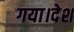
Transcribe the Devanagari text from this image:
गया।देश